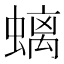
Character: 螭